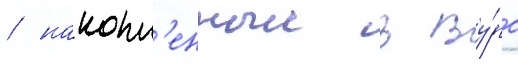
/ накопл'енныи в ву́рс